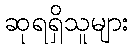
ဆုရရှိသူများ